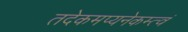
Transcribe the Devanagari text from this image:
तदेकमप्यनेकम्त्वं